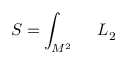
{ \cal S } = \int _ { { \cal M } ^ { 2 } } ~ ~ ~ ~ { \cal L } _ { 2 }